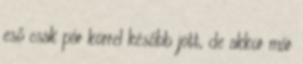
eső csak pár körrel később jött, de akkor már